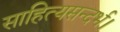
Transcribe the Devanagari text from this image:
साहित्यसन्दर्भ।